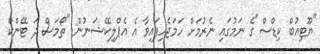
"ޔޫޓިއުބް ކިޑްސް"ގެ ނަމުގައި ނެރުމަށް ހަމަޖެހިފައިވާ އެ އެޕްލިކޭޝަނުން "ތޯމަސް ދަ ޓޭންކް